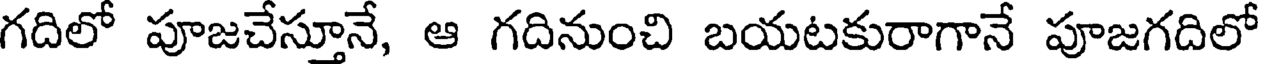
గదిలో పూజచేస్తూనే, ఆ గదినుంచి బయటకురాగానే పూజగదిలో